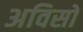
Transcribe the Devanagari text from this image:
अविसो